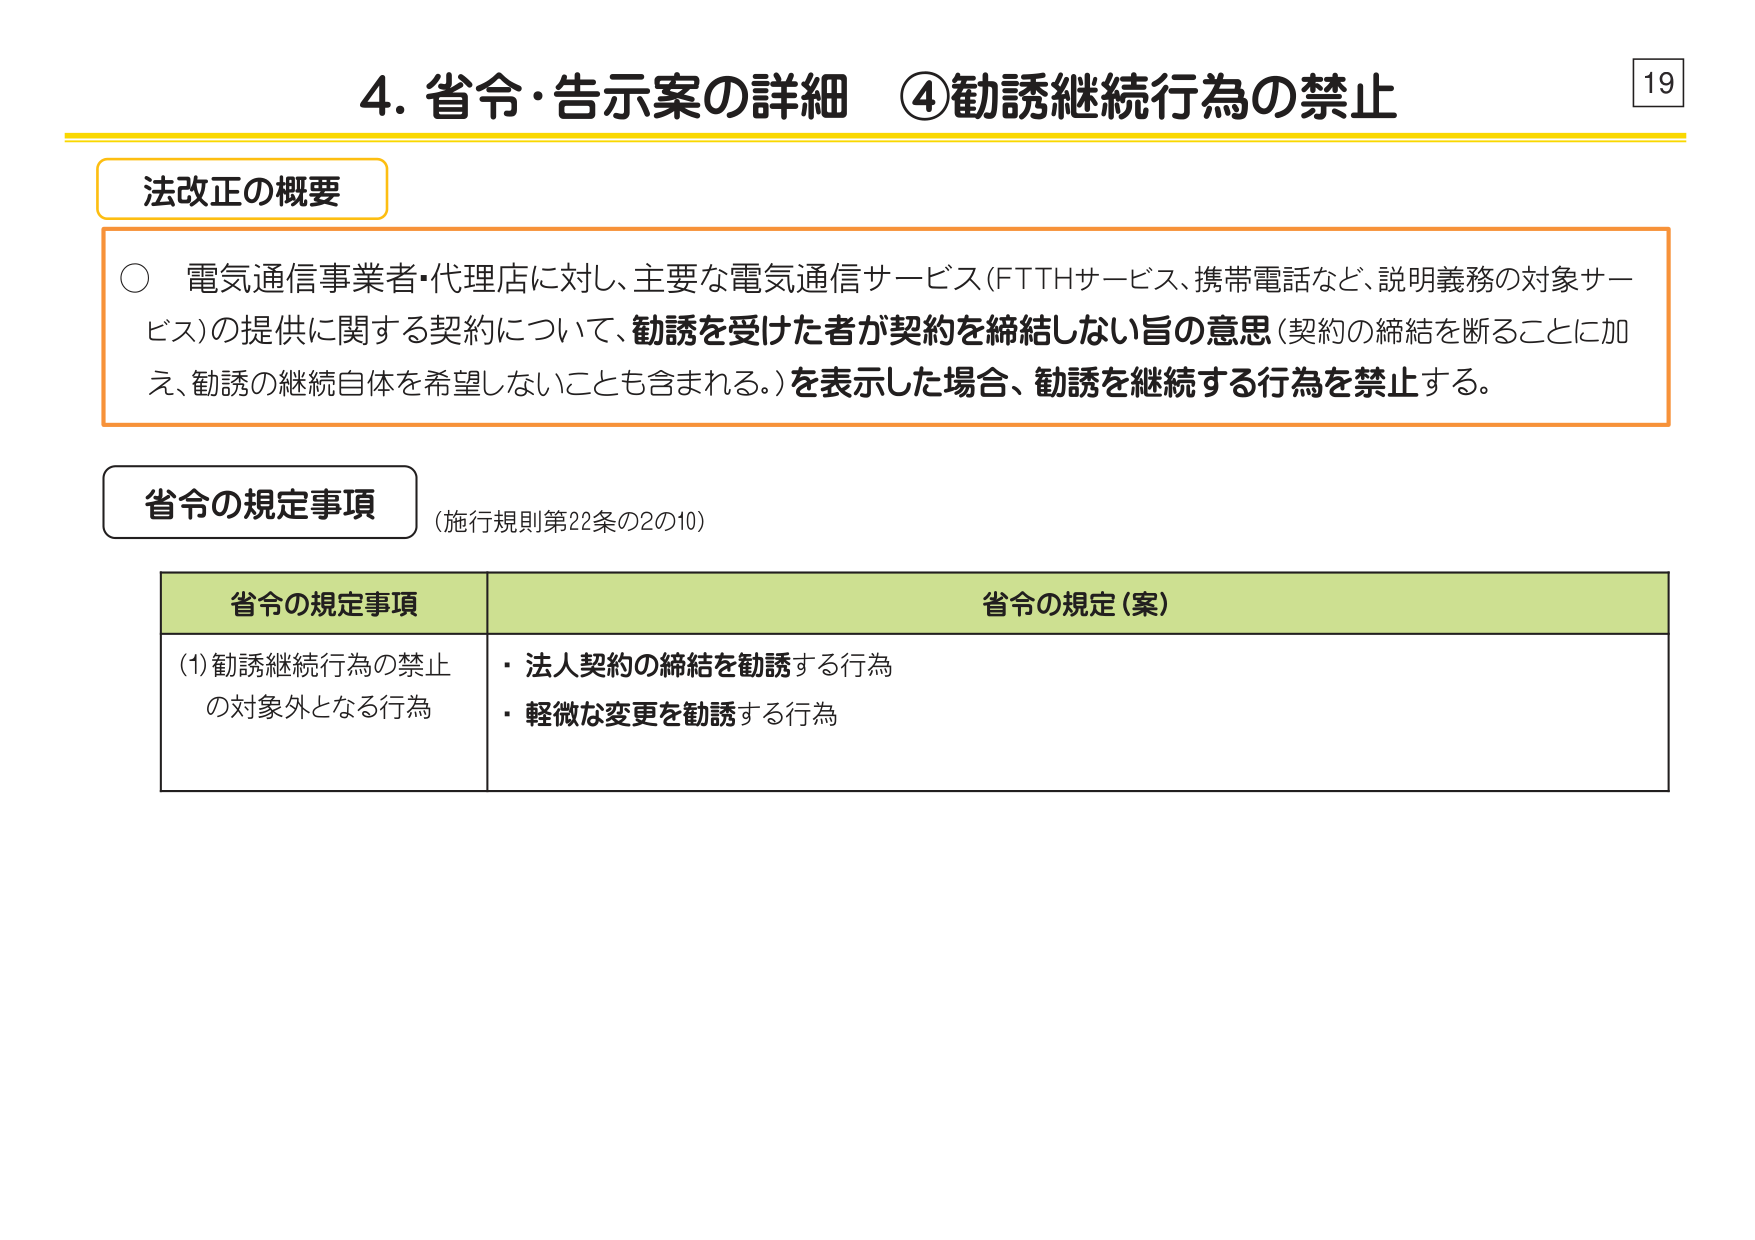
4. 省令・告示案の詳細 ④勧誘継続行為の禁止

法改正の概要

○ 電気通信事業者・代理店に対し、主要な電気通信サービス（FTTHサービス、携帯電話など、説明義務の対象サービス）の提供に関する契約について、勧誘を受けた者が契約を締結しない旨の意思（契約の締結を断ることに加え、勧誘の継続自体を希望しないことも含まれる。）を表示した場合、勧誘を継続する行為を禁止する。

省令の規定事項 （施行規則第22条の2の10）

省令の規定事項 省令の規定（案）

(1) 勧誘継続行為の禁止の対象外となる行為
・法人契約の締結を勧誘する行為
・軽微な変更を勧誘する行為

19